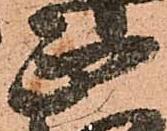
正